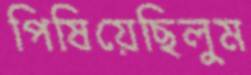
পিষিয়েছিলুম